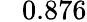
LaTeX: \phantom{-}0.876